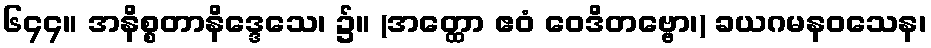
၆၄၄။ အနိစ္စတာနိဒ္ဒေသေ၊ ၌။ (အတ္ထော ဧဝံ ဝေဒိတဗ္ဗော၊) ခယဂမနဝသေန၊